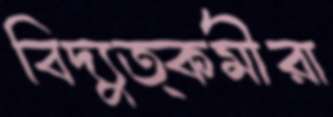
বিদ্যুত্কর্মীরা